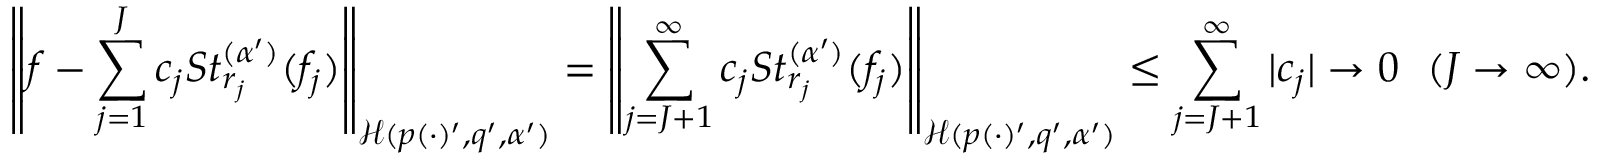
\left\| f - \sum _ { j = 1 } ^ { J } c _ { j } S t _ { r _ { j } } ^ { ( \alpha ^ { \prime } ) } ( f _ { j } ) \right\| _ { \mathcal { H } ( p ( \cdot ) ^ { \prime } , q ^ { \prime } , \alpha ^ { \prime } ) } = \left\| \sum _ { j = J + 1 } ^ { \infty } c _ { j } S t _ { r _ { j } } ^ { ( \alpha ^ { \prime } ) } ( f _ { j } ) \right\| _ { \mathcal { H } ( p ( \cdot ) ^ { \prime } , q ^ { \prime } , \alpha ^ { \prime } ) } \le \sum _ { j = J + 1 } ^ { \infty } | c _ { j } | \rightarrow 0 ~ ~ ( J \rightarrow \infty ) .